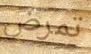
تمرض